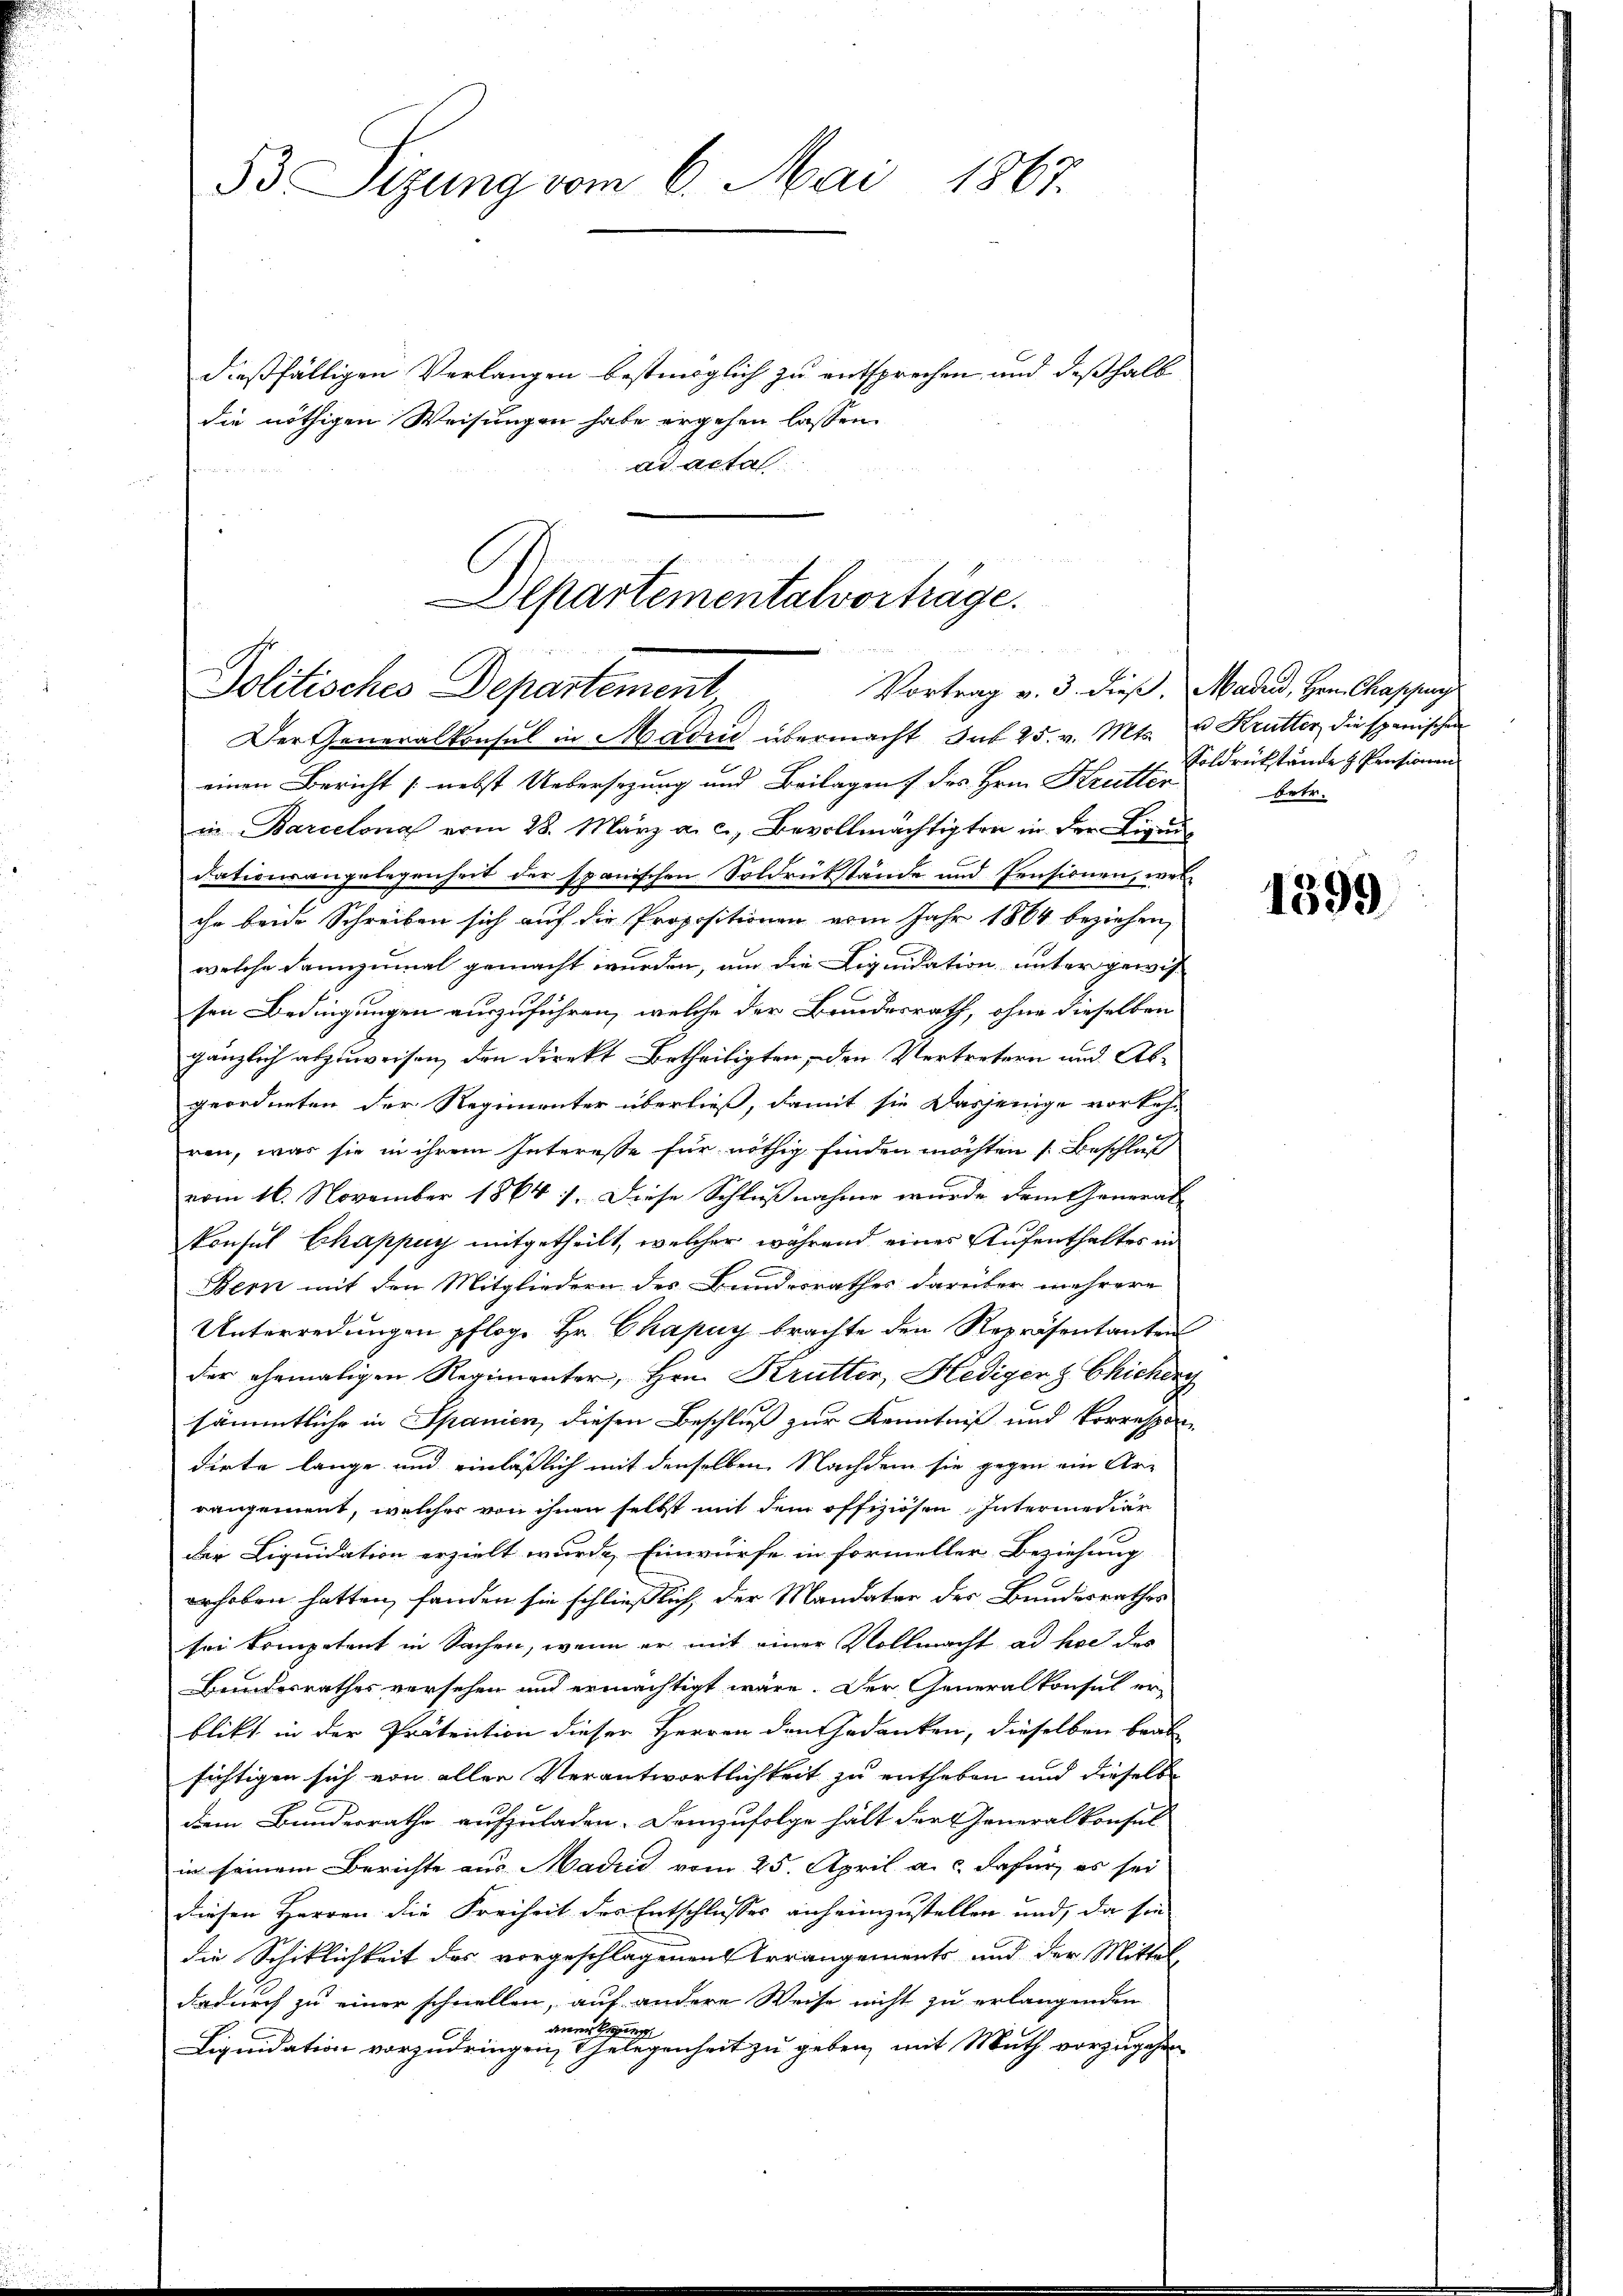
53 Sizung vom 6. Mai 1867.

dießfälligen Verlangen bestimglich zu entsprechen und deßhalb
die nöthigen Weisungen habe ergehen lassen.
ad acta.

Departementalvorträge.

Politisches Departement
Vortrag v. 3. dieß, Madus, Herr Chappar

Der Generalkonsul in Madri übermacht hat 25. v. Mts. u. Krutter die spanischen
einen Bericht nebst Uebersezung und Beilagen des Hrn. Krutter
in Barcelona vom 28. März a. c., Bevollmächtigten in der Eigen
dationsangelegenheit der spanischen Soldrükstände und Pensionen, wel
che beide Schreiben sich auf die Propositionen vom Jahr 1864 beziehen,
welche Franzumal gemacht wurden, um die Liquidation unter gewis-
sen Bedingungen auszuführen, welche der Bundesrath, ohne dieselben
gänzlich abzuweisen, den direkt betheiligten, den Vertretern und Abgeordneten der Regimenter überließ, damit sie dasjenige vorkoh-
ren, was sie in ihrem Interesse für nöthig finden möchten Beschluß
vom 16. November 1864 7. Diese Schlußnahme wurde dem General-
konsul Echappuy mitgetheilt, welcher während eines Aufenthaltes in
Bern mit den Mitgliedern des Bundesrathes darüber mehrere
Unterredungen pflog. Hr. Chapuy brachte den Repräsentanten
der ehemaligen Regimenter, Hrn. Krutter, Hediger & Chicherg
sämmtliche in Spanien, diesen Beschluß zur Kenntniß und Vorrespon-
dirte lange und einläßlich mit denselben Nachdem sie gegen ein Ar-
rangement, welcher von ihnen selbst mit dem offiziösen Intermediar
der Liquidation erzielt wurde, Einwürfe in formeller Beziehung
erhoben hatten, fanden sie schließlich, der Mandater des Bundesrathes
sei kompetent in Sachen, wenn er mit einer Vollmacht ad hoc des
Beundesrathes versehen und ermächtigt wäre. Der Generalkonsul er-
blikt in der Prätention dieser Herren den Gedenken, dieselben beab
sichtigen sich von allen Verantwortlichkeit zu entheben und dieselbe
diem Bundesrathe aufzuladen. Demzufolge hält der Generalkonsul
in seinem Berichte aus Madrid vom 25. April a. c. dafür, es sei
diesen Herren die Freiheit der Entschlusses anheimzustellen und, da sie
die Schiklichkeit des vorgeschlagenen Arrangements und der Mittel
dadurch zu einer schnellen, auf andere Weise nicht zu erlangenden
anerken
Liquidation vorzudringen, & Gelegenheit zu geben, mit Muth vorzugehen

Soldrückstände z. Pensionen
betr.

1399